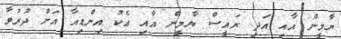
ޔާމީން އާއި އަދި ރައީސް ޔާމީން އާއި އެކު އިންޑިއާ އަށް ދުރުވާ